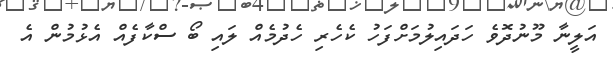
އަލީނާ މޫނުދޮވެ ހަދައިލުމަށްފަހު ކެހެރި ހެދުމެއް ލައި ބޯ ސްކާފެއް އެޅުމުން އެ